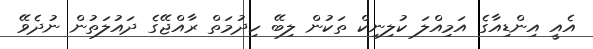
އެއީ އިންޑިއާގެ އަމިއްލަ ކުލިނިކް ތަކުން ލިބޭ ހިދުމަތް ރާއްޖޭގެ ދައުލަތުން ނުދެވޭ